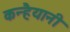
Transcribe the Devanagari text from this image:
कन्हैयानी